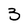
Character: 3